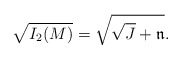
\begin{align*}\sqrt{I_2(M)}=\sqrt{\sqrt{J}+\mathfrak{n}}.\end{align*}